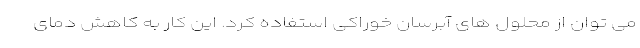
می توان از محلول های آبرسان خوراکی استفاده کرد. این کار به کاهش دمای